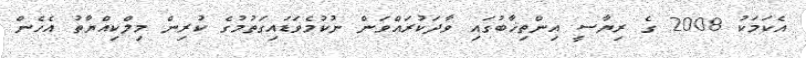
އެކަމަކު 2008 ގެ ރިޔާސީ އިންތިޚާބުގައި ވާދަކުރައްވަން ނުކުމެވަޑައިގަތުމުގެ ކުރިން މިލްކިއްޔާތު އެހެން